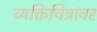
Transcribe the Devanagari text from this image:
व्यक्तिचित्रांवर